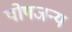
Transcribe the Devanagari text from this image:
पोषजन्य